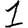
Digit: 1